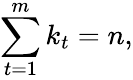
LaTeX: \sum_{t=1}^{m}k_{t}=n,